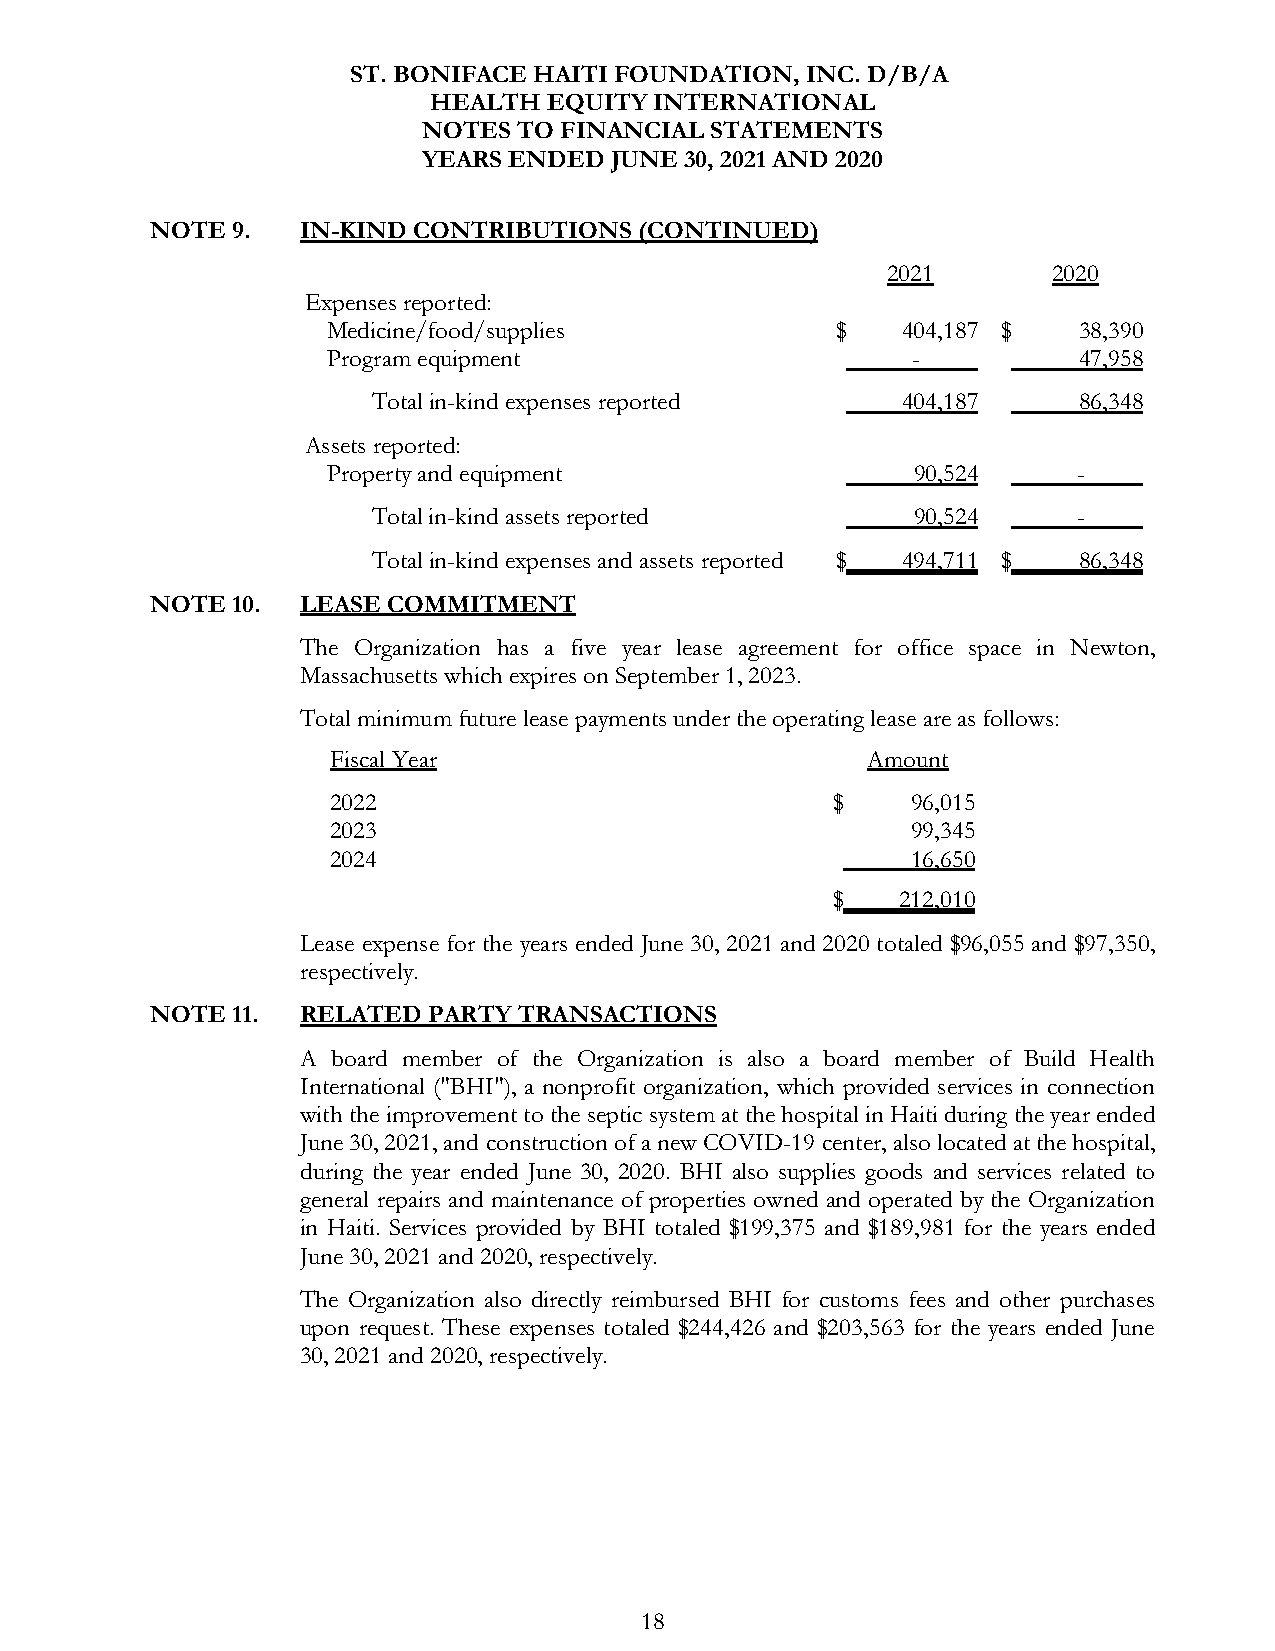
ST. BONIFACE HAITI FOUNDATION, INC. D/B/A
 HEALTH  EQUITY INTERNATIONAL
 NOTES TO FINANCIAL STATEMENTS
 YEARS ENDED JUNE 30, 2021 AND 2020
 NOTE 9.   IN-KIND CONTRIBUTIONS (CONTINUED)
 2021       2020
 Expenses reported:
 Medicine/food/supplies           $    404,187 $  38,390
 Program equipment                     -          47,958
 Total in-kind expenses reported    404,187    86,348
 Assets reported:
 Property and equipment                 90,524    -
 Total in-kind assets reported       90,524    -
 Total in-kind expenses and assets reported $ 494,711 $ 86,348
 NOTE 10.  LEASE COMMITMENT
 The Organization has a five year lease agreement for office space in Newton,
 Massachusetts which expires on September 1, 2023.
 Total minimum future lease payments under the operating lease are as follows:
 Fiscal Year                        Amount
 2022                             $    96,015
 2023                                  99,345
 2024                                  16,650
 $    212,010
 Lease expense for the years ended June 30, 2021 and 2020 totaled $96,055 and $97,350,
 respectively.
 NOTE 11.  RELATED PARTY TRANSACTIONS
 A board member of the Organization is also a board member of Build Health
 International ("BHI"), a nonprofit organization, which provided services in connection
 with the improvement to the septic system at the hospital in Haiti during the year ended
 June 30, 2021, and construction of a new COVID-19 center, also located at the hospital,
 during the year ended June 30, 2020. BHI also supplies goods and services related to
 general repairs and maintenance of properties owned and operated by the Organization
 in Haiti. Services provided by BHI totaled $199,375 and $189,981 for the years ended
 June 30, 2021 and 2020, respectively.
 The Organization also directly reimbursed BHI for customs fees and other purchases
 upon request. These expenses totaled $244,426 and $203,563 for the years ended June
 30, 2021 and 2020, respectively.
 18